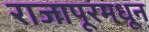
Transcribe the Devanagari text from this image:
राजापूरमधून